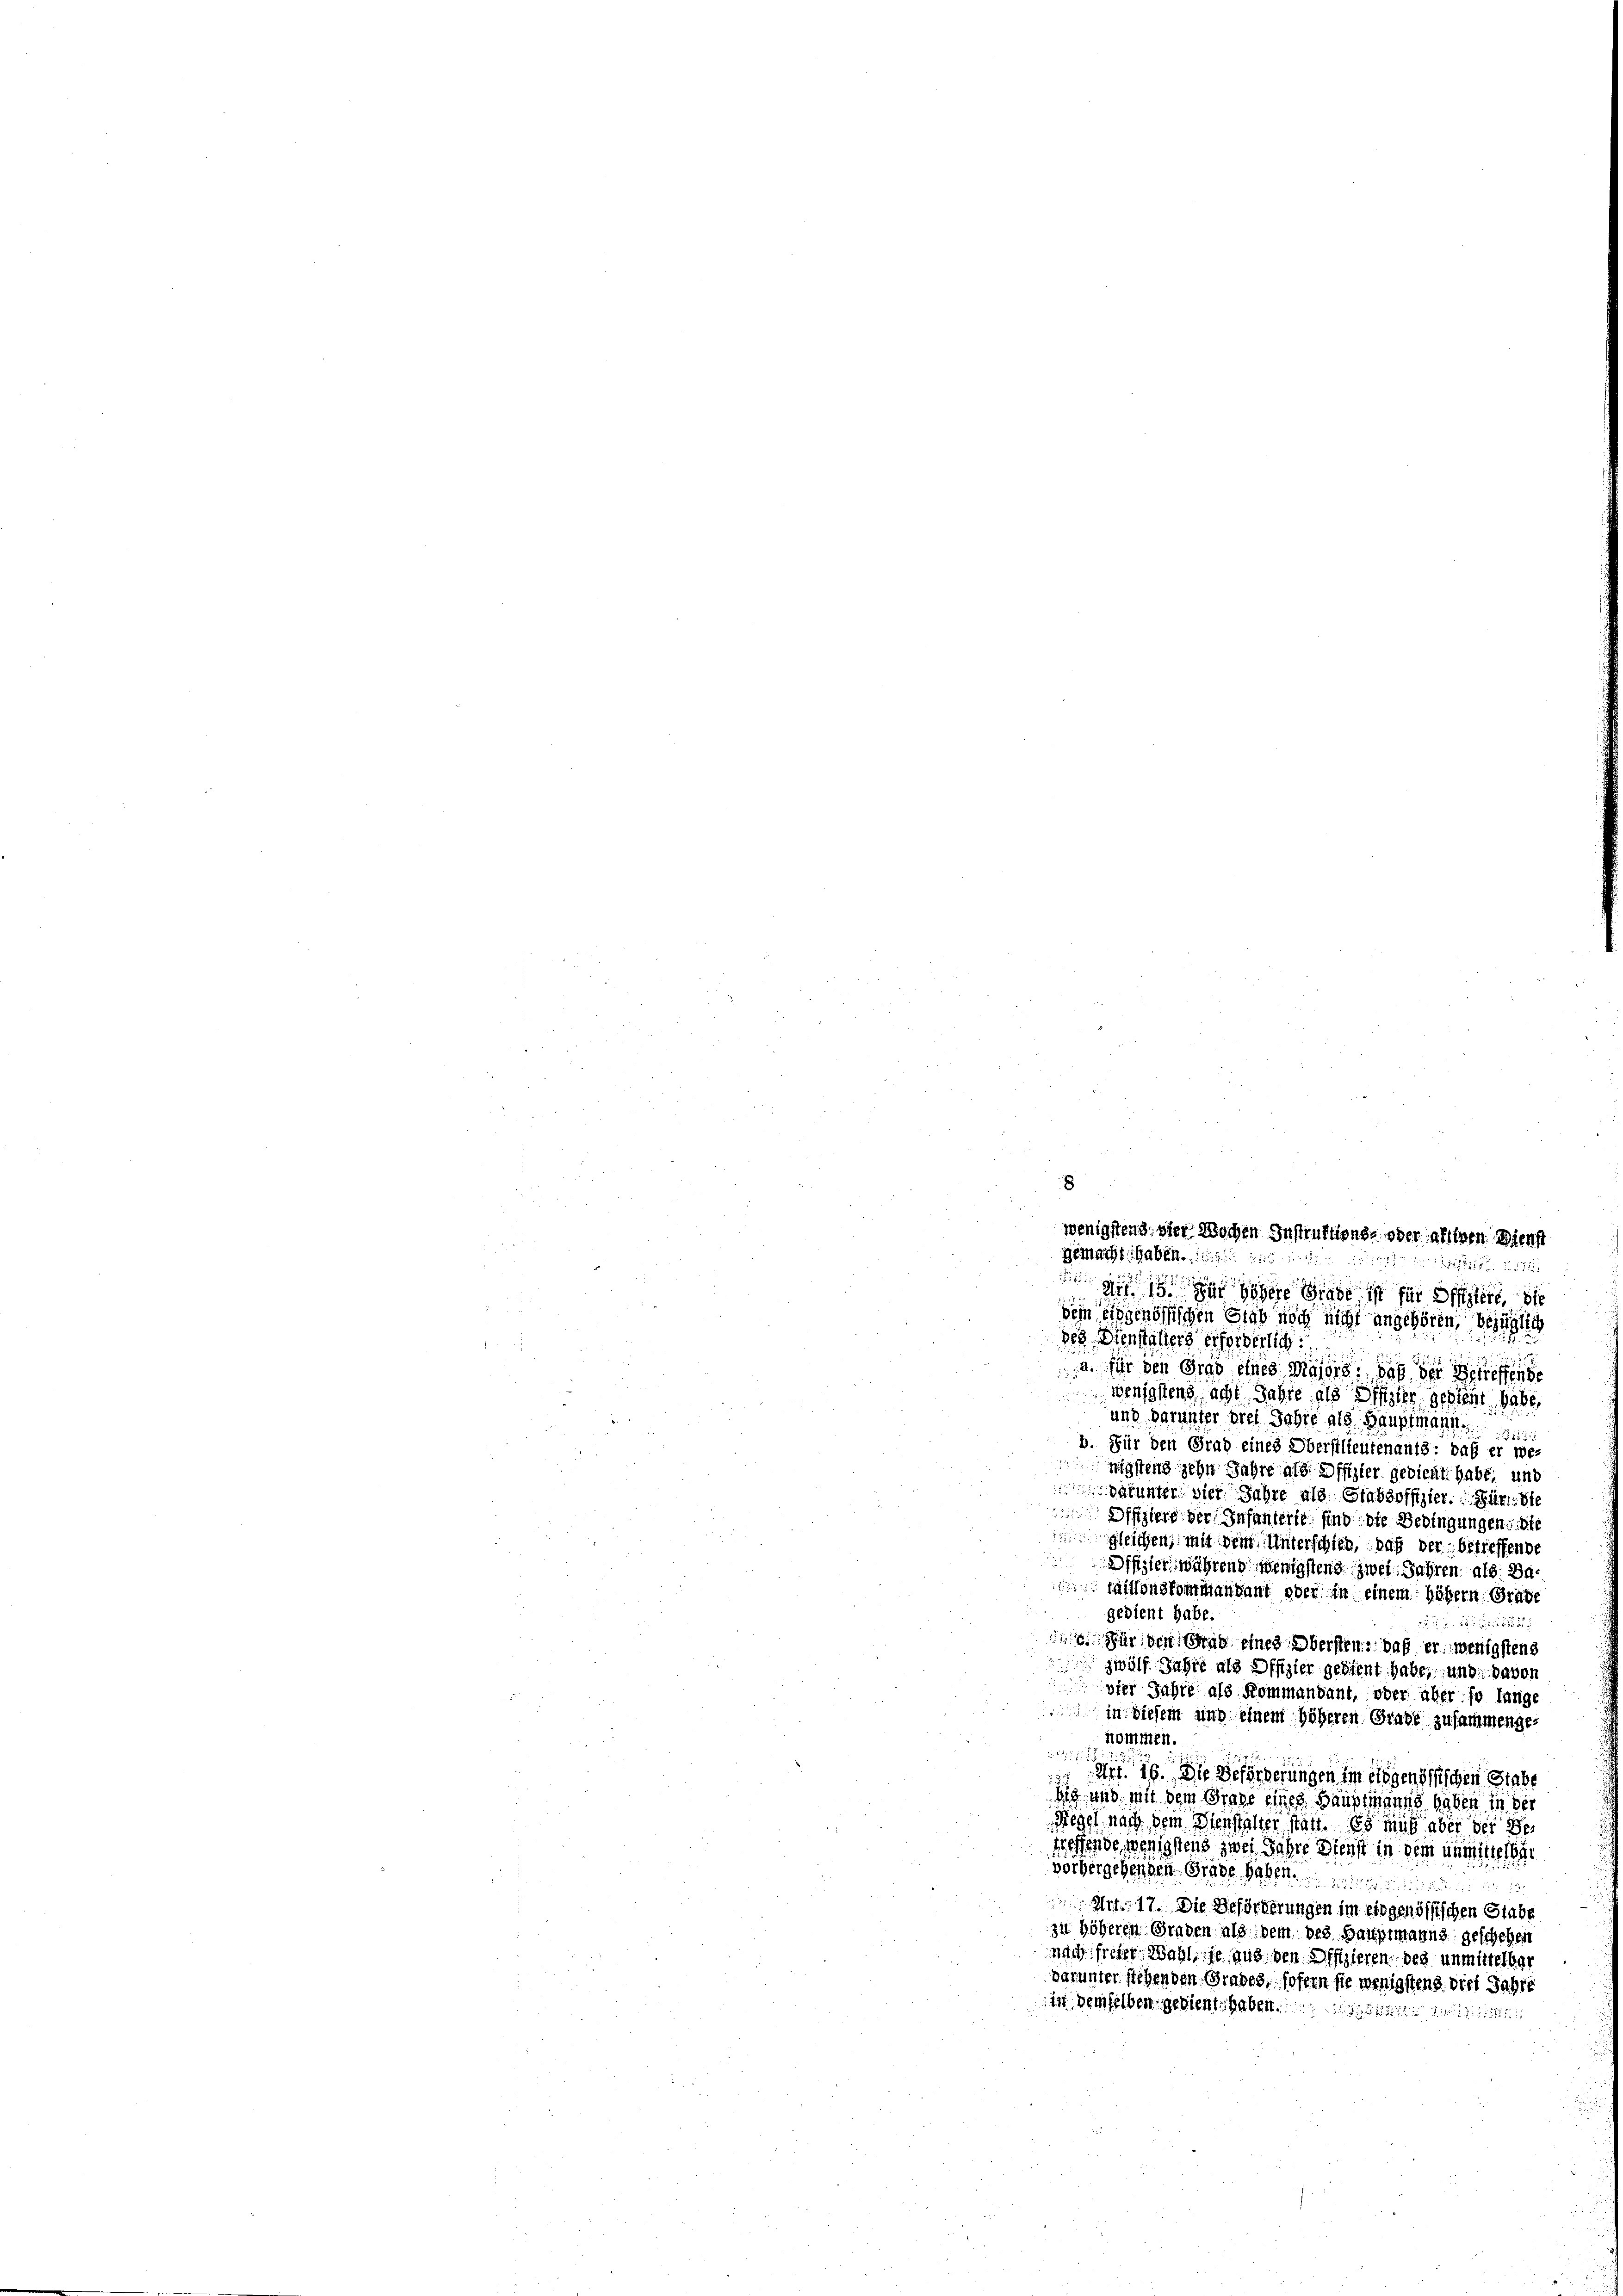
a. für den Grad eines Majors, daß der Betreffende
wenigstens acht Jahre als Sifizier gestent habe,
und darunter drei Jahre als Hauptmann
b. Für den Grad eines Obersilieutenants: daß er we-
nigstens zehn Jahre als Offizier gedient habe, und
vatunter vier Jahre als Stabsoffizier. Für die
Offiziere der Infanterte sind die Bedingungen die
gleichen, mit dem Unterschied, daß der betreffende
Dffstet während wenigstens zwei Jahren: als: Dafaillonskommandant oder in einem höhern Grade
gedient habe.
16
Für den Grad eines Obersten: daß er wenigstens
zwölf Jahre als Offizier gedient habe, und davon
vier Jahre als Kommandant, oder aber so lange
in diesem und einem höheren Grade zusammengenommen.

Art. 16. Die Beförderungen im eidgenössischen Stabe
zig und mit dem Grade eines Hauptmanns haben in der
Siegel nach dem Dienstalter statt. Es muß aber bei de
wesende wenigstens zwei Jahre Dienst in dem unmittelbar
vorhergehenden Grade haben.
 x 2 x 10
Mit 17. Die Beförderungen im eidgenössischen Stabe
zu höheren Graden als dem des Hauptmanns geschehen
nach freier. Wahl, je aus den Offizieren des unmittelba
parunter stehenden Grabes, sofern sie wenigstens dies Jahre
in demselben gedients haben.

8
gemacht haben.

 die ich der höhere Grade ist für Offiziere, die
dem eidgenössischen Grab noch nicht angehören, bezüglich
15.
des Dienstalters erforderlich

wenigstens der Wochen Instruktions- oder allen. Dienst